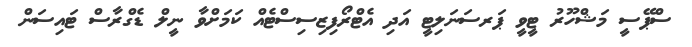
ސްޕޭސީ މަޝްހޫރު ޓީވީ ޕަރސަނަލިޓީ އަދި އެޓްރޯފިޒިސިސްޓެއް ކަމަށްވާ ނީލް ޑެގްރާސް ޓައިސަން